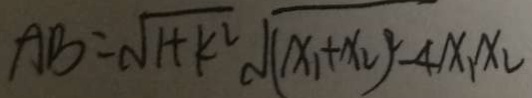
A B = \sqrt { 1 + k ^ { 2 } } \sqrt { ( x _ { 1 } + x _ { 2 } ) ^ { 2 } } - 4 x _ { 1 } x _ { 2 }